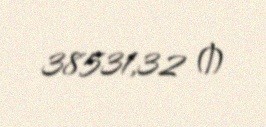
38531,32 ₼